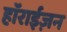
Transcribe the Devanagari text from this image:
हाॅराईज़न